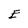
Character: E